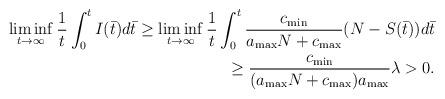
LaTeX: \begin{align*}\liminf_{t\to\infty}\frac 1t \int_0^t I(\bar t)d\bar t\geq\liminf_{t\to\infty}\frac 1t \int_0^t \frac {c_{\min}}{a_{\max}N+c_{\max}}(N-S(\bar t))d\bar t\\\geq \frac {c_{\min}}{(a_{\max}N+c_{\max})a_{\max}}\lambda >0.\end{align*}